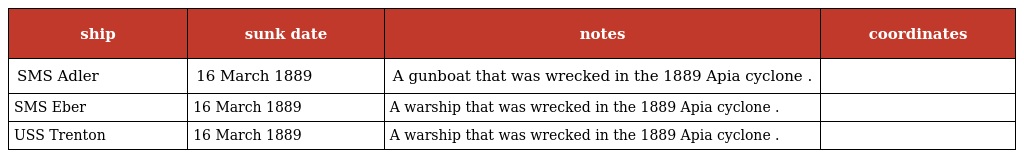
| ship | sunk date | notes | coordinates |
 | --- | --- | --- | --- |
 | SMS Adler | 16 March 1889 | A gunboat that was wrecked in the 1889 Apia cyclone . |  |
 | SMS Eber | 16 March 1889 | A warship that was wrecked in the 1889 Apia cyclone . |  |
 | USS Trenton | 16 March 1889 | A warship that was wrecked in the 1889 Apia cyclone . |  |